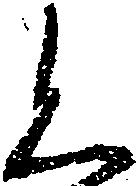
く